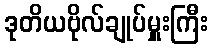
ဒုတိယဗိုလ်ချုပ်မှူးကြီး